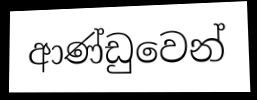
ආණ්ඩුවෙන්